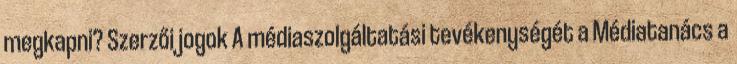
megkapni? Szerzői jogok A médiaszolgáltatási tevékenységét a Médiatanács a